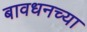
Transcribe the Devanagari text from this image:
बावधनच्या